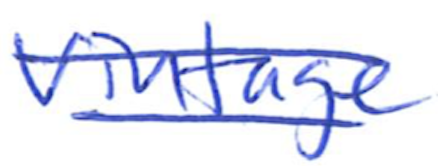
Text: Vintage
Cross-out: double-line
Writing tool: ballpoint